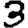
Digit: 3